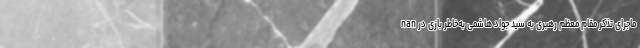
nan ماجرای تذکر مقام معظم رهبری به سید جواد هاشمی به‌خاطر بازی در